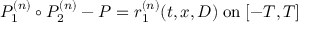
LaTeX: P _ { 1 } ^ { ( n ) } \circ P _ { 2 } ^ { ( n ) } - P = r _ { 1 } ^ { ( n ) } ( t , x , D ) \; \mathrm { o n } \; [ - T , T ]